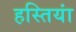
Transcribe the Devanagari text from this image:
हस्‍तियां